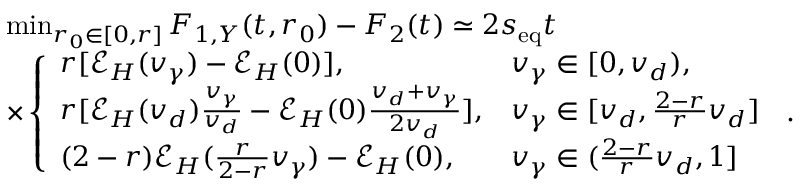
\begin{array} { r l } & { \operatorname* { m i n } _ { r _ { 0 } \in [ 0 , r ] } F _ { 1 , Y } ( t , r _ { 0 } ) - F _ { 2 } ( t ) \simeq 2 s _ { \mathrm { e q } } t } \\ & { \times \left\{ \begin{array} { l l } { r [ \mathcal { E } _ { H } ( v _ { \gamma } ) - \mathcal { E } _ { H } ( 0 ) ] , } & { v _ { \gamma } \in [ 0 , v _ { d } ) , } \\ { r [ \mathcal { E } _ { H } ( v _ { d } ) \frac { v _ { \gamma } } { v _ { d } } - \mathcal { E } _ { H } ( 0 ) \frac { v _ { d } + v _ { \gamma } } { 2 v _ { d } } ] , } & { v _ { \gamma } \in [ v _ { d } , \frac { 2 - r } { r } v _ { d } ] } \\ { ( 2 - r ) \mathcal { E } _ { H } ( \frac { r } { 2 - r } v _ { \gamma } ) - \mathcal { E } _ { H } ( 0 ) , } & { v _ { \gamma } \in ( \frac { 2 - r } { r } v _ { d } , 1 ] } \end{array} \right. \, . } \end{array}